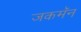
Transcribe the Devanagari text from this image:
जकमॅन